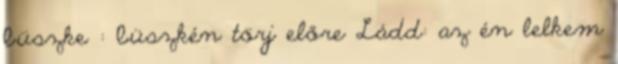
büszke : büszkén törj előre Ládd: az én lelkem